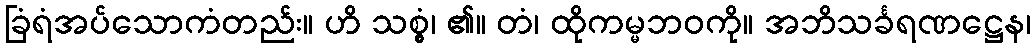
ခြံရံအပ်သောကံတည်း။ ဟိ သစ္စွံ၊ ၏။ တံ၊ ထိုကမ္မဘဝကို။ အဘိသင်္ခရဏဋ္ဌေန၊